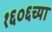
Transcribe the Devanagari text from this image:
१६०६च्या